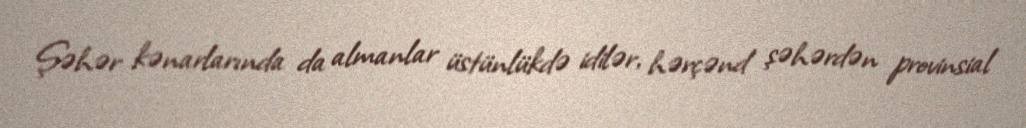
Şəhər kənarlarında da almanlar üstünlükdə idilər, hərçənd şəhərdən provinsial